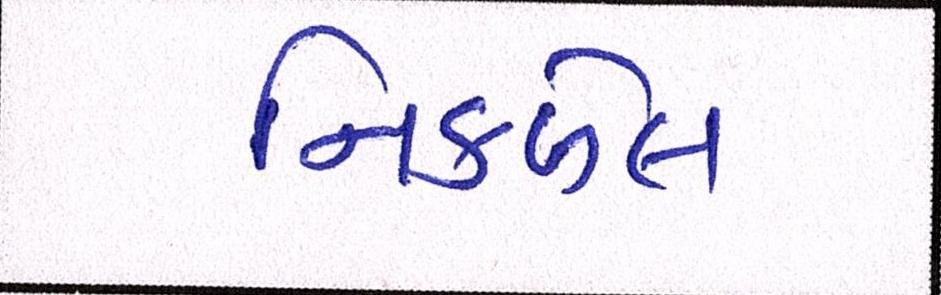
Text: નિકળેલ